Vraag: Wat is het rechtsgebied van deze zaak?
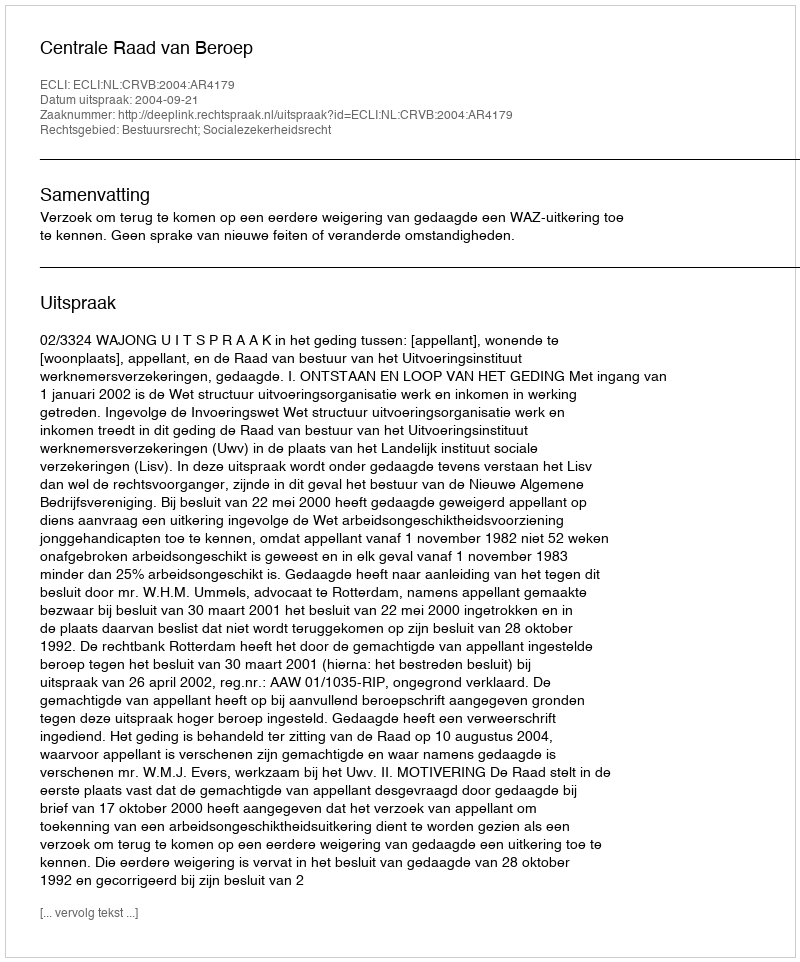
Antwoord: Bestuursrecht; Socialezekerheidsrecht